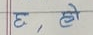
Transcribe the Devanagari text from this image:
ट, ढो